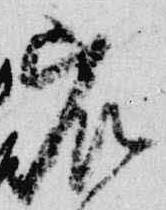
宸